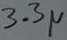
Text: 3.3µ